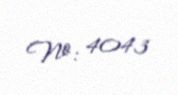
№: 4043